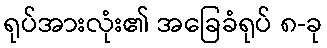
ရုပ်အားလုံး၏ အခြေခံရုပ် ၈-ခု